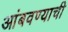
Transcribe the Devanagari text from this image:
आंबवण्याची